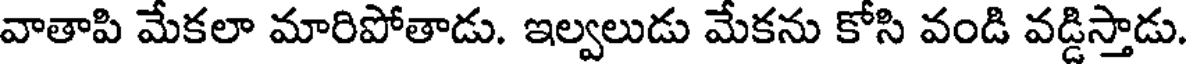
వాతాపి మేకలా మారిపోతాడు. ఇల్వలుడు మేకను కోసి వండి వడ్డిస్తాడు.